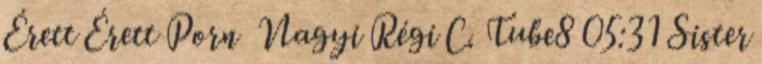
Érett Érett Porn Nagyi Régi C. Tube8 05:31 Sister